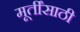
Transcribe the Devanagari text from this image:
मूर्तींसाठी